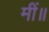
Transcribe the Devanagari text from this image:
मीं॥